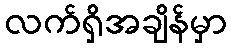
လက်ရှိအချိန်မှာ